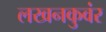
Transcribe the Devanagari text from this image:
लखनकुवंर